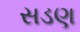
સડણ